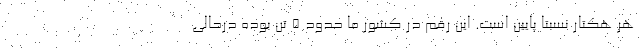
هر هکتار نسبتاً پایین است. این رقم در کشور ما حدود ۵ تن بوده درحالی